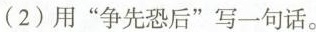
(2)用”争先恐后”写一句话。